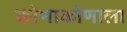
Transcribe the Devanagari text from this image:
कोणाकोणाला